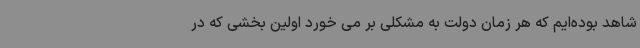
شاهد بوده‌ایم که هر زمان دولت به مشکلی بر می خورد اولین بخشی که در